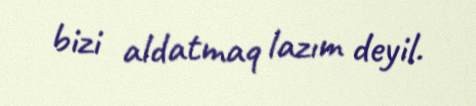
bizi aldatmaq lazım deyil.